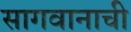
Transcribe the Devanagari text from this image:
सागवानाची